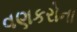
વણકરોના